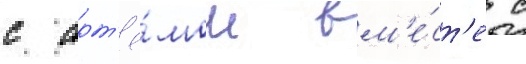
с арт'ё́мом вм'е́ст'е с